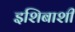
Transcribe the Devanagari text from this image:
इशिबाशी